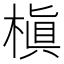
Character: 槇